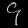
Digit: ၄